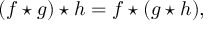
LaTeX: ( f \star g ) \star h = f \star ( g \star h ) ,